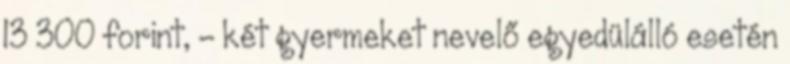
13 300 forint, – két gyermeket nevelő egyedülálló esetén